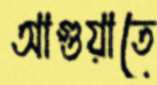
আগুয়াতে